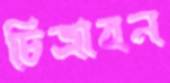
চিত্রাবন